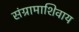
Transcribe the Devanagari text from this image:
संग्रामाशिवाय